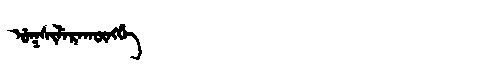
Manchu: ᡠᡴᠰᡳᠯᡝᡵᠠᡴᡡᠩᡤᡝ
Romanization: UKSILERAKŪNGGE